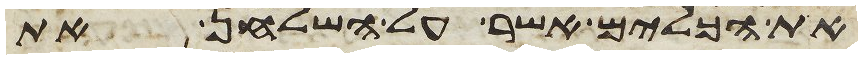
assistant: את הכלים אשר על השלחן את